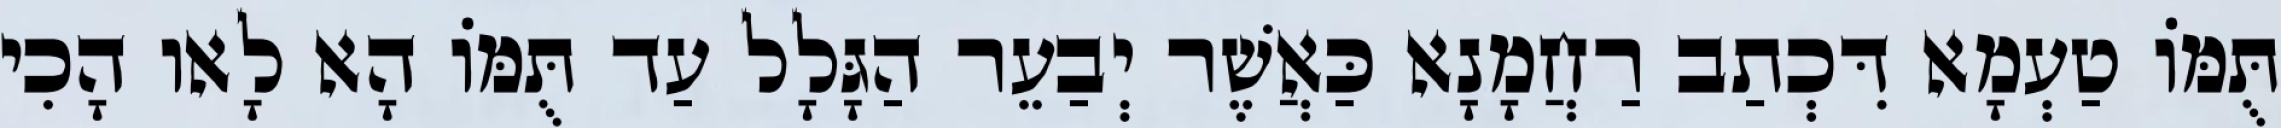
תֻּמּוֹ טַעְמָא דִּכְתַב רַחֲמָנָא כַּאֲשֶׁר יְבַעֵר הַגָּלָל עַד תֻּמּוֹ הָא לָאו הָכִי